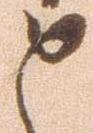
と